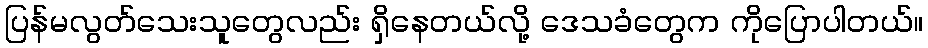
ပြန်မလွတ်သေးသူတွေလည်း ရှိနေတယ်လို့ ဒေသခံတွေက ကိုပြောပါတယ်။